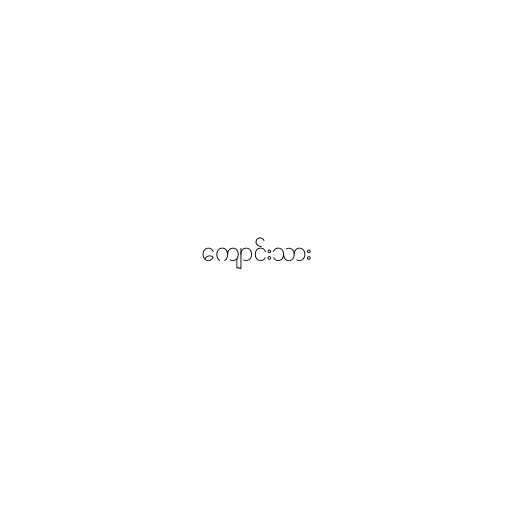
ကျောင်းသား